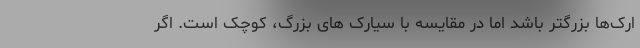
ارک‌ها بزرگتر باشد اما در مقایسه با سیارک های بزرگ، کوچک است. اگر